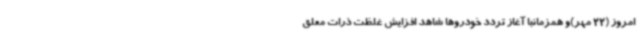
امروز (22 مهر)و همزمانبا آغاز تردد خودروها شاهد افزایش غلظت ذرات معلق